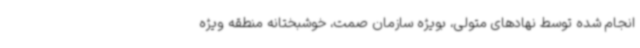
انجام شده توسط نهادهای متولی، بویژه سازمان صمت، خوشبختانه منطقه ویژه